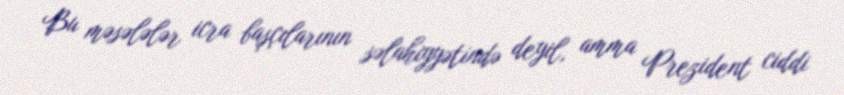
Bu məsələlər icra başçılarının səlahiyyətində deyil, amma Prezident ciddi